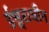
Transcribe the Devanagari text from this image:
ईश्वराधीन